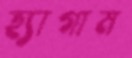
হ্যাগাম